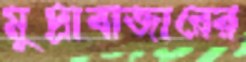
মুদ্রাবাজারের